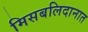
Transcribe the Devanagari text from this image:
मिसबलिदानात